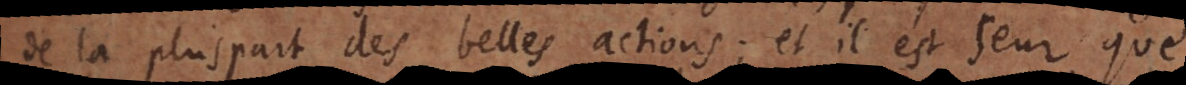
de la pluspart des belles actions; et il est seur que